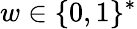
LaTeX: w\in\{ 0,1\} ^{*}